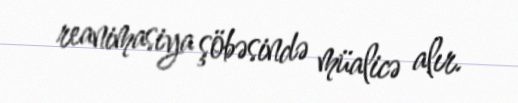
reanimasiya şöbəsində müalicə alır.